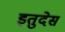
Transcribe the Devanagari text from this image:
इतुदेस